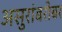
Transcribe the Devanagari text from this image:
असुरांबरोबर